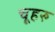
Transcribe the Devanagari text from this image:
चूहरु